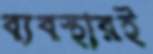
ব্যবস্থারই